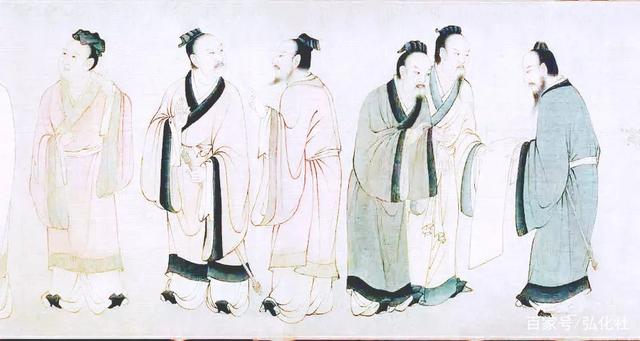
弟子入则孝，出则弟，谨而信，泛爱众，而亲仁，行有余力，则以学文。